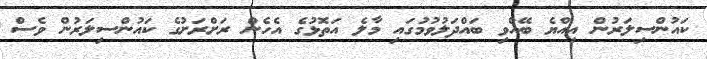
ކައުންސިލަރުން އިއްޔެ ބޭއްވި ބައްދަލުވުމުގައި މާލެ އަތޮޅުގެ އެހެން ރަށްރަށުގެ ކައުންސިލަރުން ވެސް